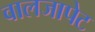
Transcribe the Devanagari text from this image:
वालजापेट